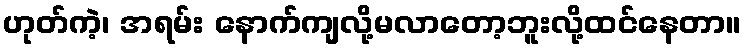
ဟုတ်ကဲ့၊ အရမ်း နောက်ကျလို့မလာတော့ဘူးလို့ထင်နေတာ။